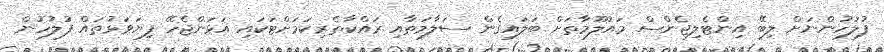
ފުލުހުންނަށް ލިބޭ އިންޓެލިޖެންސް މައުލޫމާތަށް ބަލައިގެން ސަލާމަތާއި ރައްކާތެރިކަމަށްޓަކައި އަޅަންޖެހޭ ފިޔަވަޅުތައް ފުލުހުން